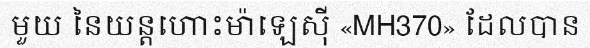
មួយ នៃយន្តហោះម៉ាឡេស៊ី «MH370» ដែលបាន